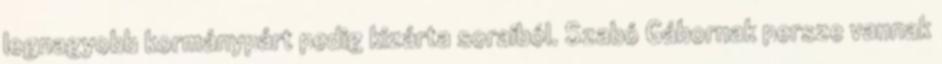
legnagyobb kormánypárt pedig kizárta soraiból. Szabó Gábornak persze vannak